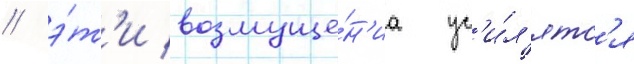
/ э́т'и возмуще́н'иа ус'и́л'ятс'я